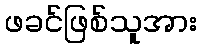
ဖခင်ဖြစ်သူအား